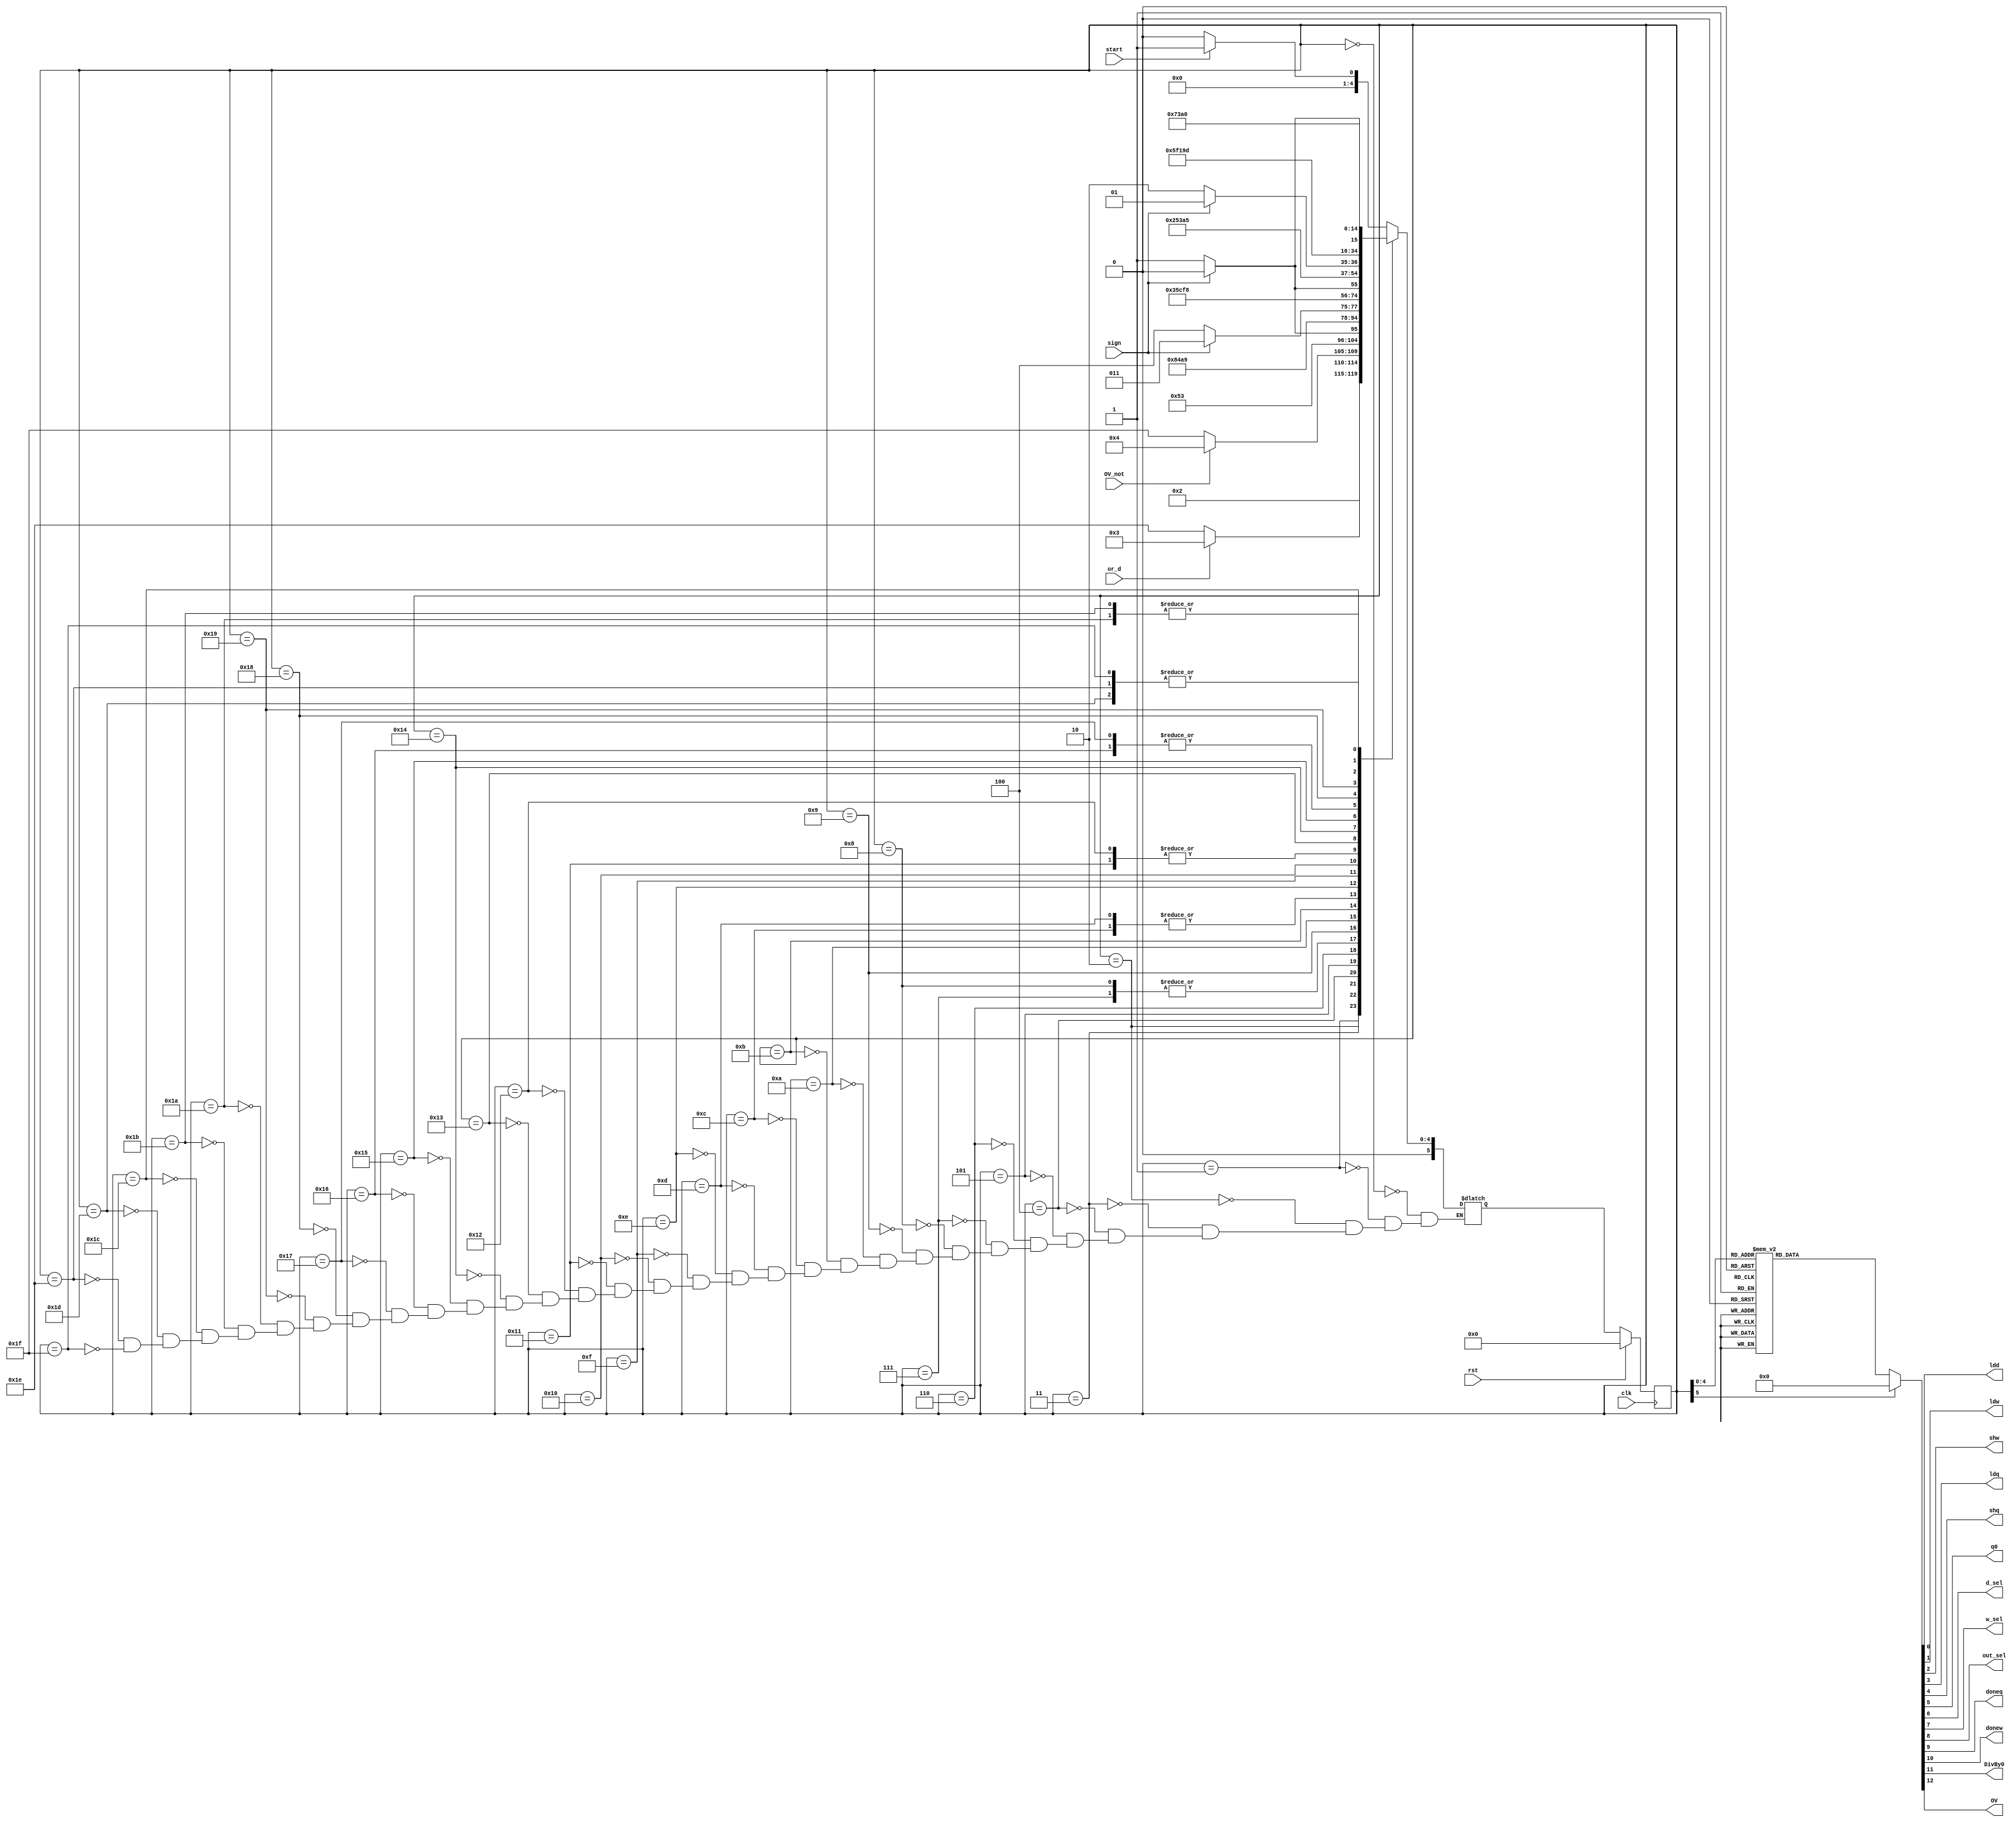
`define S0 6'd0
`define S1 6'd1
`define S2 6'd2
`define S3 6'd3
`define S4 6'd4
`define S5 6'd5
`define S6 6'd6
`define S7 6'd7
`define S8 6'd8
`define S9 6'd9
`define S10 6'd10
`define S11 6'd11
`define S12 6'd12
`define S13 6'd13
`define S14 6'd14
`define S15 6'd15
`define S16 6'd16
`define S17 6'd17
`define S18 6'd18
`define S19 6'd19
`define S20 6'd20
`define S21 6'd21
`define S22 6'd22
`define S23 6'd23
`define S24 6'd24
`define S25 6'd25
`define S26 6'd26
`define S27 6'd27
`define S28 6'd28
`define S29 6'd29
`define DB0 6'd30
`define OVdet 6'd31
module controller (start,sign,rst,clk,ldd,or_d,OV_not,ldw,shw,
                    ldq,shq,q0,d_sel,w_sel,out_sel,doneq,donew,DivBy0,OV);
    input start,sign,or_d,OV_not,rst,clk;
    output ldd,ldw,shw,ldq,shq,q0,d_sel,w_sel,out_sel,doneq,donew,DivBy0,OV;
    reg ldd,ldw,shw,ldq,shq,q0,d_sel,w_sel,out_sel,doneq,donew,DivBy0,OV;
    reg [5:0] ps, ns;

    always @(posedge clk)
        if (rst)
            ps=`S0;
        else
            ps=ns;

    always @(ps or start or sign or or_d or OV_not) begin
        case (ps)
            `S0:ns=start?`S1:`S0;
            `S1:ns=`S2;
            `S2:ns=or_d?`S3:`DB0;
            `S3:ns=OV_not?`S4:`OVdet;
            `S4:ns=`S5;
            `S5:ns=sign?`S6:`S7;
            `S6:ns=`S8;
            `S7:ns=`S9;
            `S8:ns=`S9;
            `S9:ns=`S10;
            `S10:ns=sign?`S11:`S12;
            `S11:ns=`S13;
            `S12:ns=`S14;
            `S13:ns=`S14;
            `S14:ns=`S15;
            `S15:ns=sign?`S16:`S17;
            `S16:ns=`S18;
            `S17:ns=`S19;
            `S18:ns=`S19;
            `S19:ns=`S20;
            `S20:ns=sign?`S21:`S22;
            `S21:ns=`S23;
            `S22:ns=`S24;
            `S23:ns=`S24;
            `S24:ns=`S25;
            `S25:ns=sign?`S26:`S27;
            `S26:ns=`S28;
            `S27:ns=`S28;
            `S28:ns=`S29;
            `S29:ns=`S0;		
            `DB0:ns=`S0;
	    `OVdet:ns=`S0;
        endcase
    end

    always @(ps) begin
        {ldd,ldw,shw,ldq,shq,q0,d_sel,w_sel,out_sel,doneq,donew,DivBy0,OV}=13'b0_0000_0000_0000;
        case(ps)
            `S0: ;
            `S1:{w_sel,ldw,ldq}=3'b111;
            `S2:ldd=1'b1;
            `S3:{shw,shq}=2'b11;
            `S4:{d_sel,ldw}=2'b11;
            `S5: ;
            `S6:ldw=1'b1;
            `S7:{q0,shw,shq}=3'b111;
            `S8:{shw,shq}=2'b11;
            `S9:{d_sel,ldw}=2'b11;
            `S10: ;
            `S11:ldw=1'b1;
            `S12:{q0,shw,shq}=3'b111;
            `S13:{shw,shq}=2'b11;
            `S14:{d_sel,ldw}=2'b11;
            `S15: ;
            `S16:ldw=1'b1;
            `S17:{q0,shw,shq}=3'b111;
            `S18:{shw,shq}=3'b11;
            `S19:{d_sel,ldw}=2'b11;
            `S20: ;
            `S21:ldw=1'b1;
            `S22:{q0,shw,shq}=3'b111;
            `S23:{shw,shq}=3'b11;
            `S24:{d_sel,ldw}=2'b11;
            `S25: ;
            `S26:{ldw,shq}=2'b11;
            `S27:{shq,q0}=2'b11;
            `S28:doneq=1'b1;
            `S29:{donew,out_sel}=2'b11;
	    `DB0:DivBy0=1'b1;
	    `OVdet:OV=1'b1;
        endcase
    end

endmodule